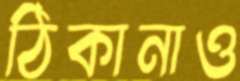
ঠিকানাও